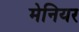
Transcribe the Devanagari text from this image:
मेनियर